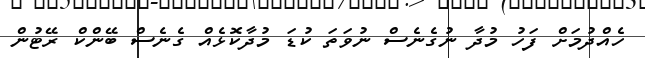
ހެއްދުމަށް ފަހު މުދާ ނުގެނެސް ނުވަތަ ކުޑަ މުދާކޮޅެއް ގެނެސް ބޭންކް ރޭޓުން